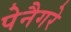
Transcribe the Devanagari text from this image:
पेनैगरे